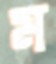
ম